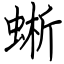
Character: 蜥